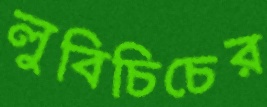
লুবিচিচের